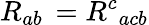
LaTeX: R_{ab}\, =R^{c}{}_{acb}